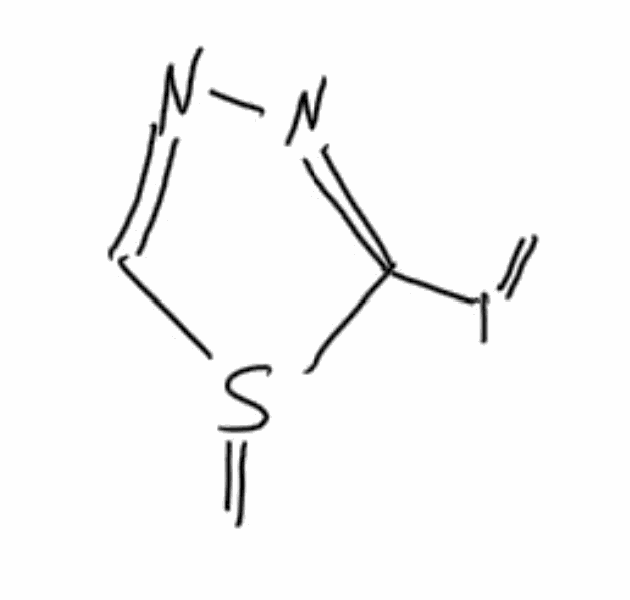
Simplified molecular-input line-entry system (SMILES) notation of the given molecule:
C=S1C=NN=C1I=C